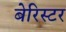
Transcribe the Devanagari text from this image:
बेरिस्टर